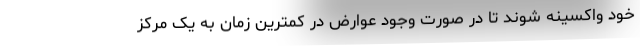
خود واکسینه شوند تا در صورت وجود عوارض در کمترین زمان به یک مرکز